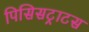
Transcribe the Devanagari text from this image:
पिसिसट्राटस